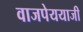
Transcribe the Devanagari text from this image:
वाजपेययाजी